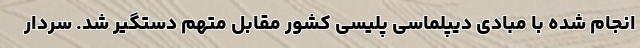
انجام شده با مبادی دیپلماسی پلیسی کشور مقابل متهم دستگیر شد. سردار